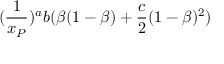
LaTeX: ( \frac { 1 } { x _ { { \cal P } } } ) ^ { a } b ( \beta ( 1 - \beta ) + \frac { c } { 2 } ( 1 - \beta ) ^ { 2 } )